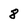
Character: 8